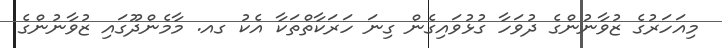
މިއަހަރުގެ ޒުވާނުންގެ ދުވަހާ ގުޅުވައިގެން ގިނަ ހަރަކާތްތަކާ އެކު ގއ. މާމެންދޫގައި ޒުވާނުންގެ